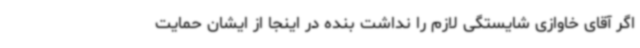
اگر آقای خاوازی شایستگی لازم را نداشت بنده در اینجا از ایشان حمایت